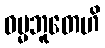
ဓမ္မဘူတေဟိ